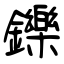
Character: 鑠